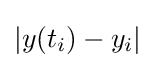
|y(t_{i})-y_{i}|